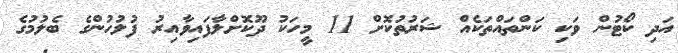
އަދި ކޯޓުން ވަކި ކަންތައްތަކެއް ޝަރުތުކޮށް 11 މީހަކު ދޫކޮށްލާފައިވާއިރު ފުލުހުންގެ ބެލުމުގެ